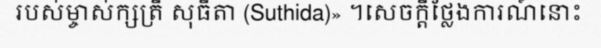
របស់ម្ចាស់ក្សត្រី សុធីតា (Suthida)» ។សេចក្តីថ្លែងការណ៍នោះ